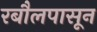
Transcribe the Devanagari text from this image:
रबौलपासून